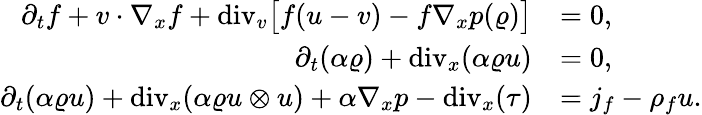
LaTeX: \begin{array}{rl}{\partial_{t}f+v\cdot\nabla_{x}f+\mathrm{div}_{v}\big[f(u-v)-f\nabla_{x}p(\varrho)\big]}&{=0,}\\ {\partial_{t}(\alpha\varrho)+\mathrm{div}_{x}(\alpha\varrho u)}&{=0,}\\ {\partial_{t}(\alpha\varrho u)+\mathrm{div}_{x}(\alpha\varrho u\otimes u)+\alpha\nabla_{x}p-\mathrm{div}_{x}(\tau)}&{=j_{f}-\rho_{f}u.}\end{array}